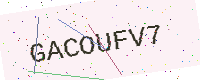
Text: GACOUFV7